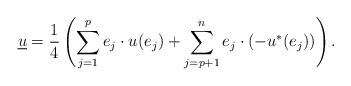
LaTeX: \begin{align*}\underline{u}=\frac{1}{4}\left(\sum_{j=1}^pe_j\cdot u(e_j)+\sum_{j=p+1}^ne_j\cdot (-u^*(e_j))\right).\end{align*}